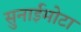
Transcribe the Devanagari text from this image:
सुनाईमोटा